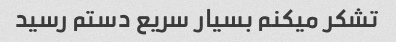
تشکر میکنم بسیار سریع دستم رسید